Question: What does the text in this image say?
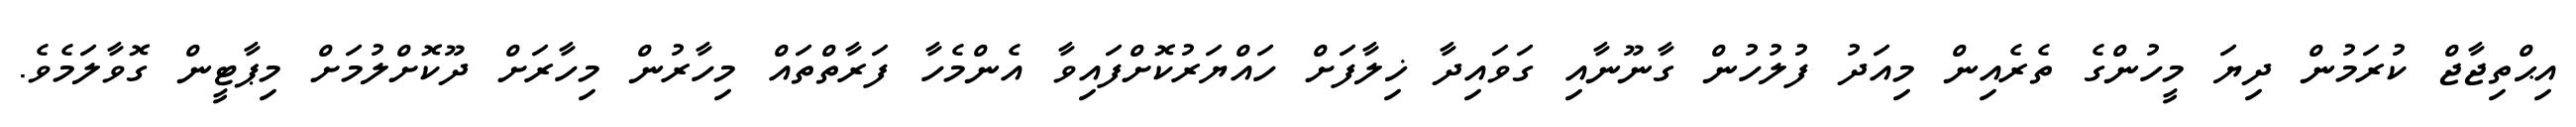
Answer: އިޙްތިޖާޖް ކުރަމުން ދިޔަ މީހުންގެ ތެރެއިން މިއަދު ފުލުހުން ގާނޫނާއި ގަވައިދާ ޚިލާފަށް ހައްޔަރުކޮށްފައިވާ އެންމެހާ ފަރާތްތައް މިހާރުން މިހާރަށް ދޫކޮށްލުމަށް މިޕާޓީން ގޮވާލަމެވެ.